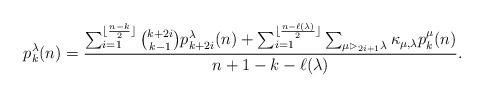
LaTeX: \begin{align*}p_k^{\lambda}(n)=\frac{\sum_{i=1}^{\lfloor\frac{n-k}{2}\rfloor}{k+2i\choose k-1}p_{k+2i}^{\lambda}(n)+\sum_{i=1}^{\lfloor\frac{n-\ell(\lambda)}{2}\rfloor}\sum_{\mu\rhd_{2i+1}\lambda}\kappa_{\mu,\lambda}p_k^{\mu}(n)}{n+1-k-\ell(\lambda)}.\end{align*}